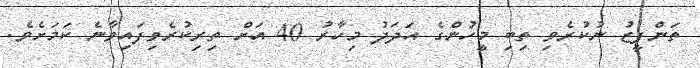
ތަންފީޒު ނުކުރެވި ތިބި މީހުންގެ އަދަދު މިހާރު 40 އަށް ތިރިކުރެވިފައިވާނެ ކަމަށެވެ.